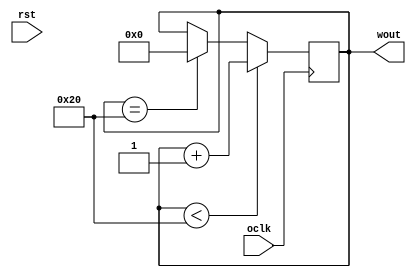
module count(wout, oclk, rst);
input oclk, rst;
output [7:0]wout;
reg [7:0]wout;

always @(posedge oclk )
begin
    if(wout < 32)
		wout = wout + 8'b00000001;
	else if (wout == 32)
		wout = 8'b00000000;
end
endmodule